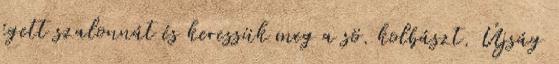
égett szalonnát és keressük meg a sö. kolbászt. Újság